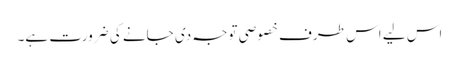
اس لیے اس طرف خصوصی توجہ دی جانے کی ضرورت ہے۔